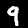
Label: 9